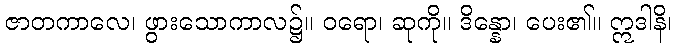
ဇာတကာလေ၊ ဖွားသောကာလ၌။ ဝရော၊ ဆုကို။ ဒိန္နော၊ ပေး၏။ ဣဒါနိ၊